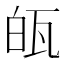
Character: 㼟